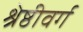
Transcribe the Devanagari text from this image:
श्रेष्ठीवर्ग